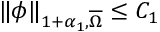
\| \phi \| _ { 1 + \alpha _ { 1 } , \overline { { \Omega } } } \leq C _ { 1 }